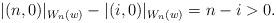
LaTeX: \begin{align*}\lvert (n,0)\rvert_{W_n(w)}-\lvert (i,0)\rvert_{W_n(w)}=n-i>0.\end{align*}